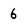
Character: 6